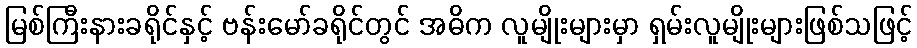
မြစ်ကြီးနားခရိုင်နှင့် ဗန်းမော်ခရိုင်တွင် အဓိက လူမျိုးများမှာ ရှမ်းလူမျိုးများဖြစ်သဖြင့်